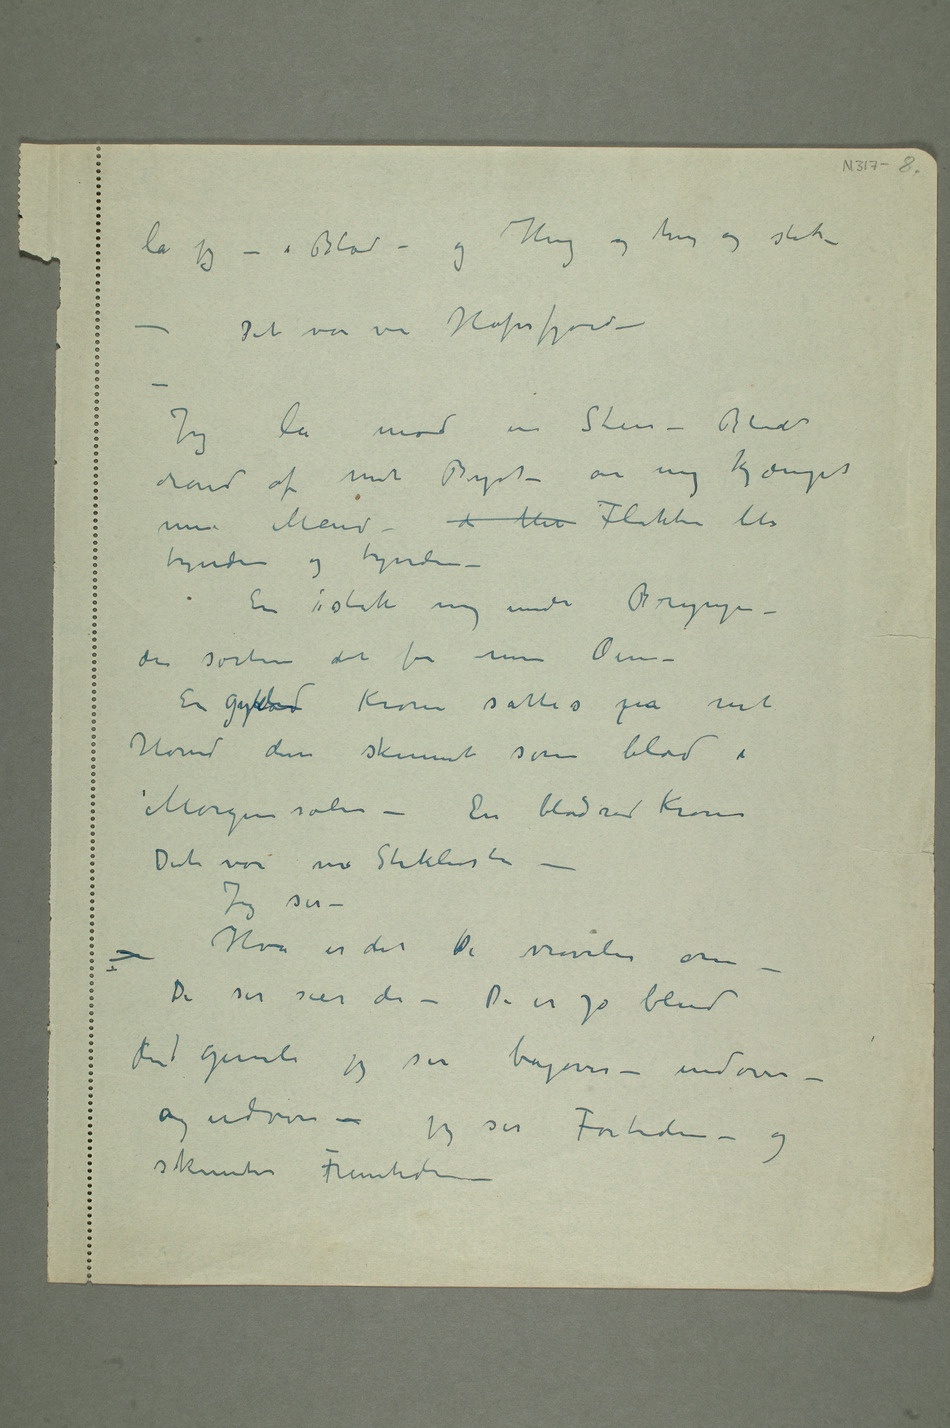
lå jeg – i Blod – og Hug og hug og stik –
Det var ve Hafrsfjord – –
Jeg lå mod en Sten – Blodet
randt af mit Bryst – om mig kjæmpet
mine Mænd – d blev Flokken blev
tyndere og tyndere –
En stak mig under Brynjen –
da sortner det for mine Øine –
En gylden Krone sattes mpå mit
Hoved denne skinnet som blod i
Morgensolen – En blodrød Krone
Det var ved Stiklestad –
Jeg ser –
– Hva er det De vrøvler om –
De ser sier de – De er jo blind
den gamle jeg ser bagover – indover –
og udover – jeg ser Fortiden –
og
skimter Fremtiden –